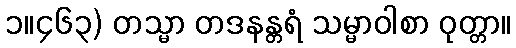
၁။၄၆၃) တသ္မာ တဒနန္တရံ သမ္မာဝါစာ ဝုတ္တာ။